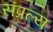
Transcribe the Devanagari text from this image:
संप्रल्य